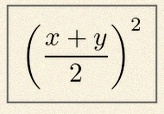
\left(\frac{x+y}{2}\right)^2